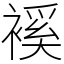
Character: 䙎